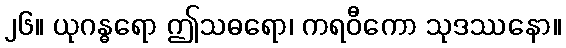
၂၆။ ယုဂန္ဓရော ဤသဓရော၊ ကရဝီကော သုဒဿနော။